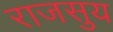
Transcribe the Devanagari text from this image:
राजसुय